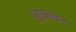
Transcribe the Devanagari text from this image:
जुळवत